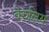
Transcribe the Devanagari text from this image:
वेरुलिय